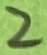
Text: 2